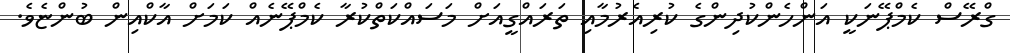
ގްރޭސް ކެމްޕޭނަކީ އަންހެންކުދިންގެ ކުރިއެރުމާއި ތަރައްގީއަށް މަސައްކަތްކުރާ ކެމްޕޭނެއް ކަމަށް އާކްއިން ބުންޏެވެ.